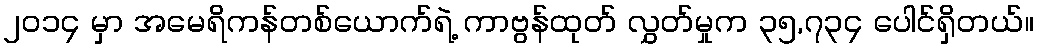
၂၀၁၄ မှာ အမေရိကန်တစ်ယောက်ရဲ့ ကာဗွန်ထုတ် လွှတ်မှုက ၃၅,၇၃၄ ပေါင်ရှိတယ်။